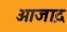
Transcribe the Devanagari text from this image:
आजा़द